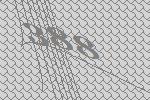
388